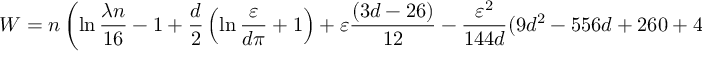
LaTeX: W = n \left( \ln \frac { \lambda n } { 1 6 } - 1 + \frac { d } { 2 } \left( \ln \frac { \varepsilon } { d \pi } + 1 \right) + \varepsilon \frac { ( 3 d - 2 6 ) } { 1 2 } - \frac { \varepsilon ^ { 2 } } { 1 4 4 d } ( 9 d ^ { 2 } - 5 5 6 d + 2 6 0 + 4 8 \pi ^ { 2 } ( d - 1 ) ) \right)